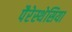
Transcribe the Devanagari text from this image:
पैरेस्थेसिया